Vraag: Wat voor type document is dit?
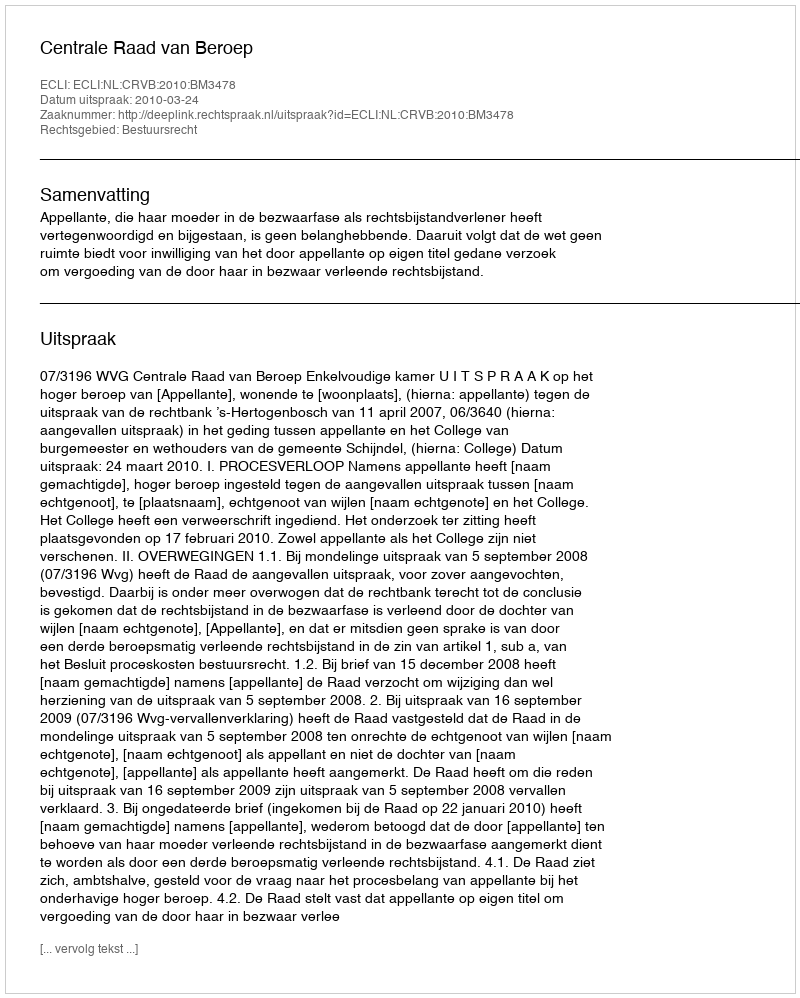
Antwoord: Uitspraak